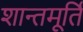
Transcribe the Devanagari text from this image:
शान्तमूर्तिं